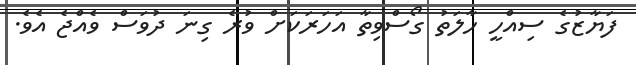
ފަޔާޒުގެ ސިއްހީ ހާލަތު ގޯސްވިތާ އަހަރަކަށް ވުރެ ގިނަ ދުވަސް ވެއްޖެ އެވެ.